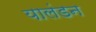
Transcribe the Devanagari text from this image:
यालंडन